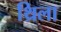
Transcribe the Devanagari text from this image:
थ्रिला